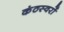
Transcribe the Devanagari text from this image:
कंठस्वरों